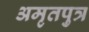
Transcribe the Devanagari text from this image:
अमृतपुत्र